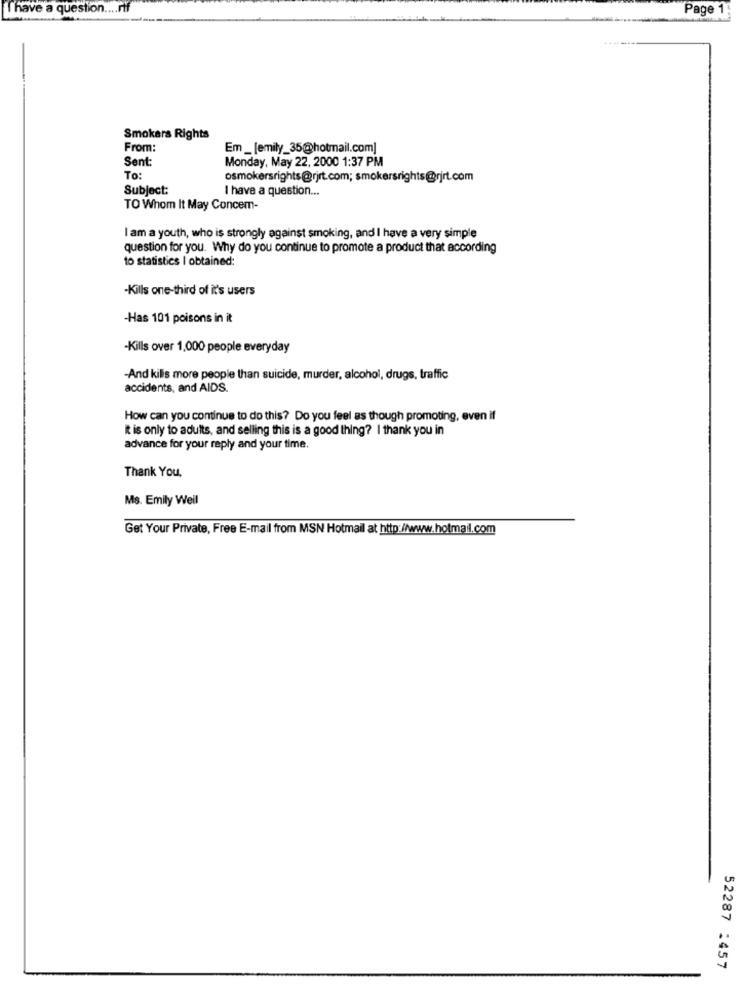
Thave a question .... rtf
Page 1
Smokers Rights
From:
Em _[emily_35@hotmail.com]
Sent:
Monday, May 22, 2000 1:37 PM
To:
osmokersrights@rjrt.com; smokersrights@rjrt.com
Subject:
I have a question ...
TO Whom It May Concem-
I am a youth, who is strongly against smoking, and I have a very simple
question for you. Why do you continue to promote a product that according
to statistics I obtained:
-Kills one-third of it's users
-Has 101 poisons in it
-Kills over 1,000 people everyday
-And kilis more people than suicide, murder, alcohol, drugs, traffic
accidents, and AIDS.
How can you continue to do this? Do you feel as though promoting, even if
it is only to adults, and selling this is a good thing? I thank you in
advance for your reply and your time.
Thank You,
Ms. Emily Weil
Get Your Private, Free E-mail from MSN Hotmail at http://www.hotmail.com
52287 :457